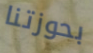
بحوزتنا